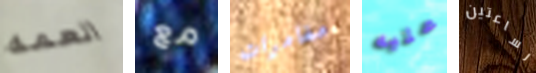
العمه مع مغامرات عليه لساعتين